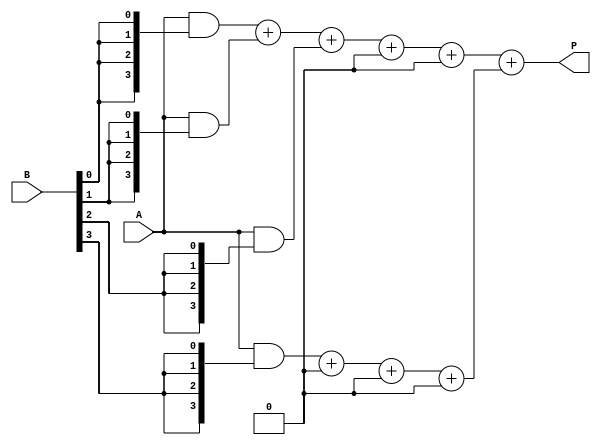
module dadda_multiplier #(parameter n = 4) (
    input [n-1:0] A,
    input [n-1:0] B,
    output reg [2*n-1:0] P
);
    // Intermediate signals for partial products
    wire [n-1:0] pp [0:n-1]; // Partial products
    wire [2*n-1:0] sum [0:n-1]; // Sums for reduction tree
    wire [2*n-1:0] carry [0:n-1]; // Carries for reduction tree

    // Generate partial products
    genvar i, j;
    generate
        for (i = 0; i < n; i = i + 1) begin : pp_gen
            assign pp[i] = A & {n{B[i]}};
        end
    endgenerate

    // Reduction tree
    // Stage 1: Grouping into sets of 3
    integer stage, count;
    always @(*) begin
        // Initialize sums and carries
        for (count = 0; count < n; count = count + 1) begin
            sum[count] = 0;
            carry[count] = 0;
        end
        
        // First stage reduction
        for (count = 0; count < n; count = count + 1) begin
            if (count % 3 == 0) begin
                sum[count/3] = pp[count];
                if (count + 1 < n) begin
                    sum[count/3] = sum[count/3] + pp[count + 1];
                end
                if (count + 2 < n) begin
                    carry[count/3] = pp[count + 2];
                end
            end
        end

        // Stage 2: Continue reducing
        for (stage = 1; stage < n; stage = stage + 1) begin
            for (count = 0; count < (n + stage) / 2; count = count + 1) begin
                sum[count] = sum[count] + carry[count];
                carry[count] = 0; // Reset carry for next stage
            end
        end
        
        // Final addition of last two rows
        P = sum[0] + sum[1];
    end
endmodule